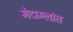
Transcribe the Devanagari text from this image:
मेदाम्लांत